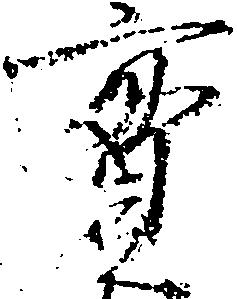
実